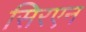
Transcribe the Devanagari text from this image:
सिरएन